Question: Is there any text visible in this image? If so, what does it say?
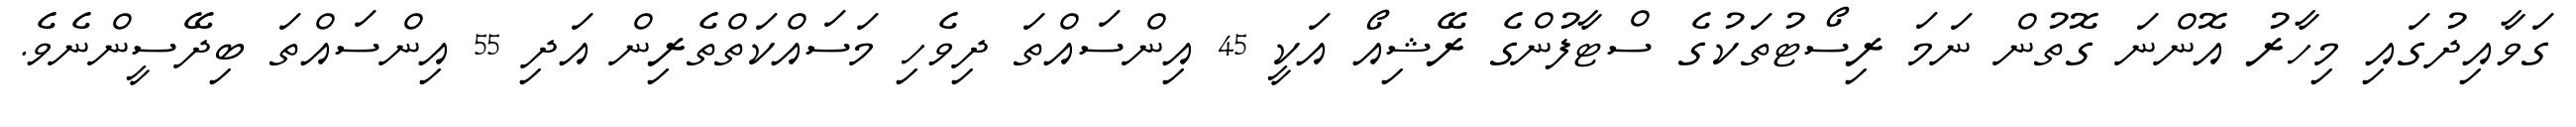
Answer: ގަވާއިދުގައި މިހާރު އޮންނަ ގޮތުން ނަމަ ރިސޯޓުތަކުގެ ސްޓާފުންގެ ރޭޝިއޯ އަކީ 45 އިންސައްތަ ދިވެހި މަސައްކަތްތެރިން އަދި 55 އިންސައްތަ ބިދޭސީންނެވެ.